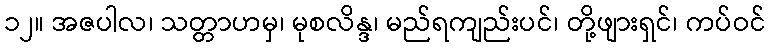
၁၂။ အဇပါလ၊ သတ္တာဟမှ၊ မုစလိန္ဒ၊ မည်ရကျည်းပင်၊ တို့ဖျားရှင်၊ ကပ်ဝင်